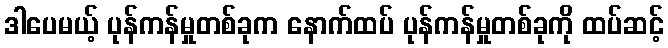
ဒါပေမယ့် ပုန်ကန်မှုတစ်ခုက နောက်ထပ် ပုန်ကန်မှုတစ်ခုကို ထပ်ဆင့်